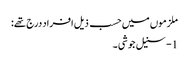
ملزموں میں حسب ذیل افراد درج تھے:
1- سنیل جوشی ۔